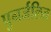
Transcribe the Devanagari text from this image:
पुनर्जलित